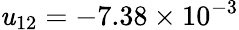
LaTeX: \mathit{u}_{12}=-7.38\times10^{-3}